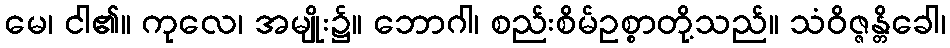
မေ၊ ငါ၏။ ကုလေ၊ အမျိုး၌။ ဘောဂါ၊ စည်းစိမ်ဥစ္စာတို့သည်။ သံဝိဇ္ဇန္တိခေါ၊